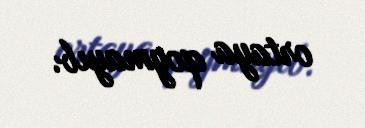
ortaya qoymayıb.